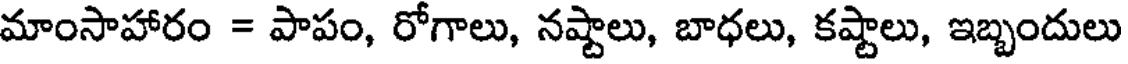
మాంసాహారం = పాపం, రోగాలు, నష్టాలు, బాధలు, కష్టాలు, ఇబ్బందులు